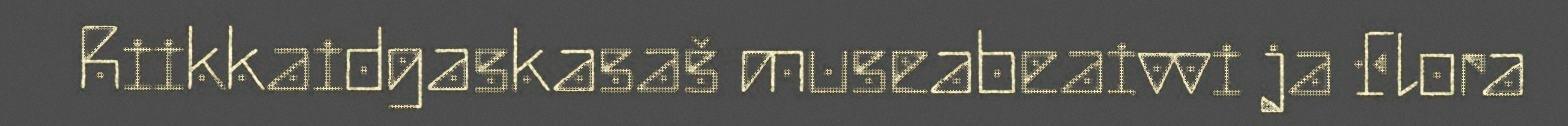
Riikkaidgaskasaš museabeaivvi ja Flora